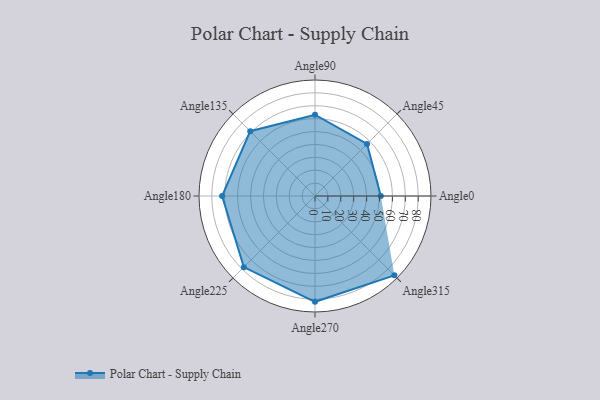
{"axis": {"x": "Angle", "y": "Radius"}, "legend": [""], "data": [{"x": "Angle0", "y": 51.0, "type": ""}, {"x": "Angle45", "y": 57.0, "type": ""}, {"x": "Angle90", "y": 63.0, "type": ""}, {"x": "Angle135", "y": 71.0, "type": ""}, {"x": "Angle180", "y": 72.0, "type": ""}, {"x": "Angle225", "y": 78.0, "type": ""}, {"x": "Angle270", "y": 82.0, "type": ""}, {"x": "Angle315", "y": 87.0, "type": ""}]}